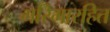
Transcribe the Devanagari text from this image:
गरिमारहित